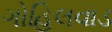
ગોહિલવાડ